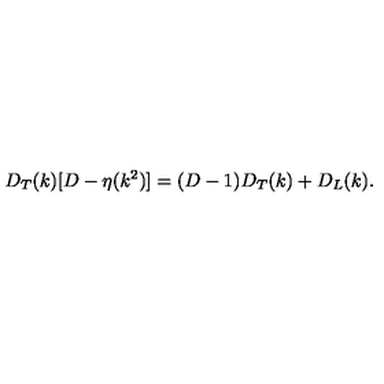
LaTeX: D _ { T } ( k ) [ D - \eta ( k ^ { 2 } ) ] = ( D - 1 ) D _ { T } ( k ) + D _ { L } ( k ) .